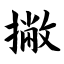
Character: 撇